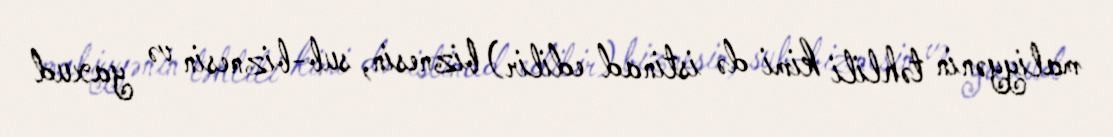
maliyyənin təhlili kimi də istinad edilir) biznesin, sub-biznesin və yaxud